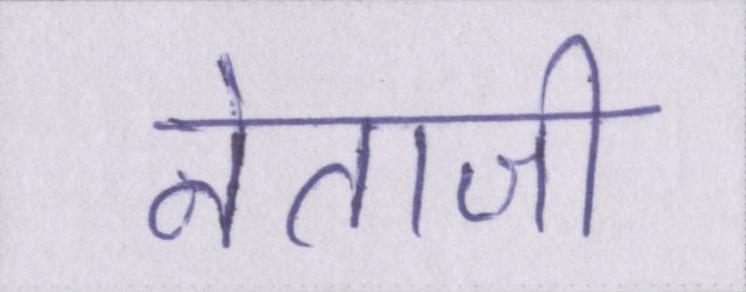
नेताजी